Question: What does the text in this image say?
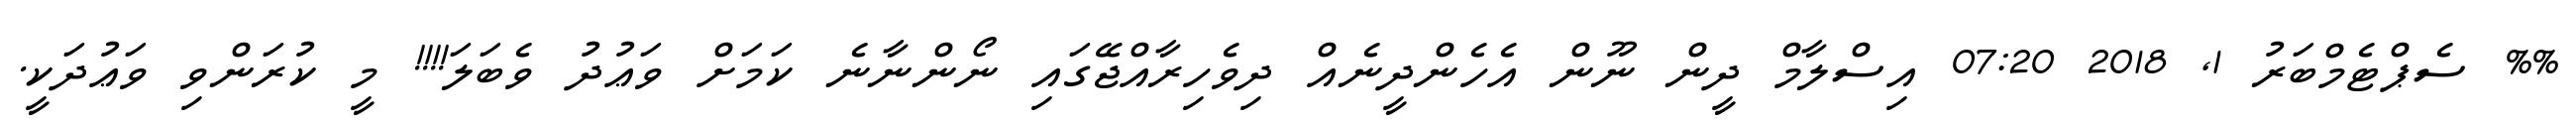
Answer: %% ސެޕްޓެމްބަރު 1, 2018 07:20 އިސްލާމް ދީން ނޫން އެހެންދީނެއް ދިވެހިރާއްޖޭގައި ނޯންނާނެ ކަމަށް ވަޢުދު ވެބަލަ!!!! މީ ކުރަންވި ވަޢުދަކީ.